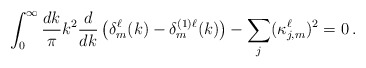
\begin{align*}\int_0^\infty \frac{dk}{\pi} k^2 \frac{d}{dk}\left(\delta_m^\ell(k) -\delta_m^{(1)\ell}(k) \right) - \sum_j (\kappa^\ell_{j,m})^2 = 0\, .\end{align*}